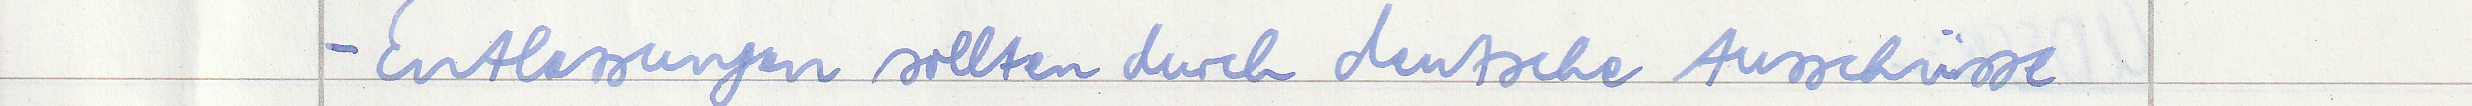
- Entlassungen sollten durch deutsche Ausschüsse